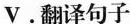
V。翻译句子